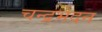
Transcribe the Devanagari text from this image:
चन्द्रभेदन